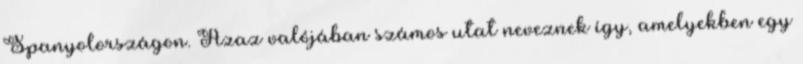
Spanyolországon. Azaz valójában számos utat neveznek így, amelyekben egy